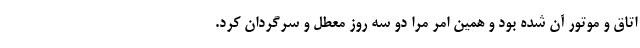
اتاق و موتور آن شده بود و همین امر مرا دو سه روز معطل و سرگردان کرد.